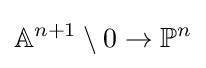
\mathbb {A} ^{n+1}\setminus 0\to \mathbb {P} ^{n}